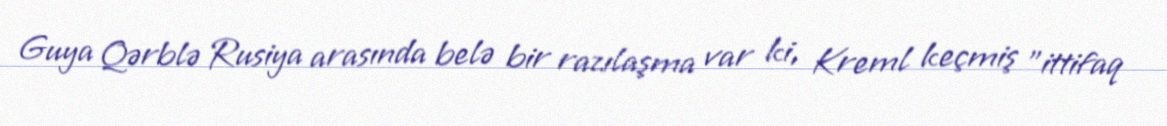
Guya Qərblə Rusiya arasında belə bir razılaşma var ki, Kreml keçmiş ”ittifaq